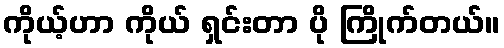
ကိုယ့်ဟာ ကိုယ် ရှင်းတာ ပို ကြိုက်တယ်။